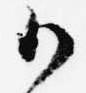
御